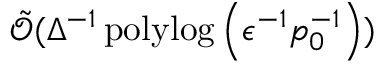
\tilde { \mathcal { O } } ( \Delta ^ { - 1 } \operatorname { p o l y l o g } \left( \epsilon ^ { - 1 } p _ { 0 } ^ { - 1 } \right) )